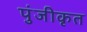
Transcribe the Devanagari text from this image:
पुंजीकृत